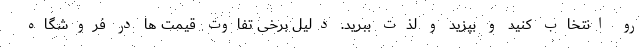
رو انتخاب کنید و بپزید و لذت ببرید. دلیل برخی تفاوت قیمت ها در فروشگاه